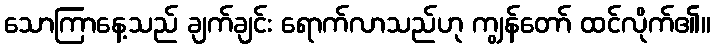
သောကြာနေ့သည် ချက်ချင်း ရောက်လာသည်ဟု ကျွန်တော် ထင်လိုက်၏။